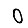
Digit: 0